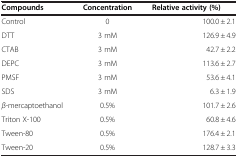
| Compounds | Concentration | Relative activity (%) |
 | --- | --- | --- |
 | Control | 0 | 100.0 ± 2.1 |
 | DTT | 3 mM | 126.9 ± 4.9 |
 | CTAB | 3 mM | 42.7 ± 2.2 |
 | DEPC | 3 mM | 113.6 ± 2.7 |
 | PMSF | 3 mM | 53.6 ± 4.1 |
 | SDS | 3 mM | 6.3 ± 1.9 |
 | β-mercaptoethanol | 0.5% | 101.7 ± 2.6 |
 | Triton X-100 | 0.5% | 60.8 ± 4.6 |
 | Tween-80 | 0.5% | 176.4 ± 2.1 |
 | Tween-20 | 0.5% | 128.7 ± 3.3 |